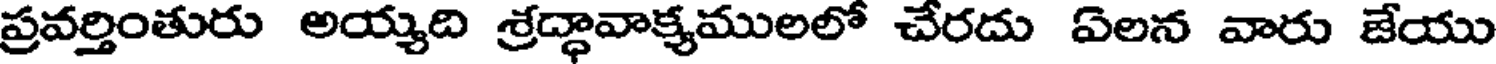
ప్రవర్తింతురు అయ్యది శ్రద్ధావాక్యములలో చేరదు ఏలన వారు జేయు